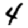
Digit: 4